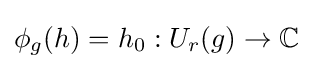
\phi _{g}(h)=h_{0}:U_{r}(g)\to \mathbb {C}